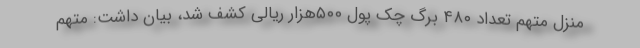
منزل متهم تعداد ۴۸۰ برگ چک پول ۵۰۰هزار ریالی کشف شد، بیان داشت: متهم